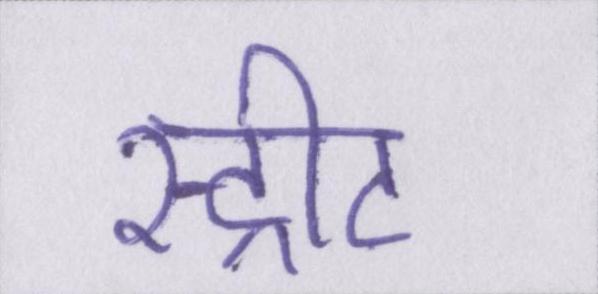
स्ट्रीट